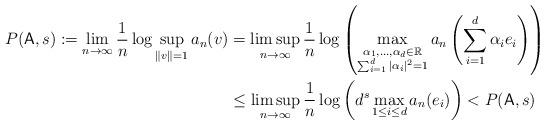
LaTeX: \begin{align*}P(\mathsf{A},s):=\lim_{n \to \infty} \frac{1}{n}\log \sup_{\|v\|=1} a_n(v) &= \limsup_{n \to \infty} \frac{1}{n}\log \left(\max_{\substack{\alpha_1,\ldots,\alpha_d \in\mathbb{R}\\ \sum_{i=1}^d|\alpha_i|^2=1}} a_n\left(\sum_{i=1}^d\alpha_i e_i\right)\right) \\&\leq \limsup_{n\to\infty}\frac{1}{n}\log \left(d^s \max_{1 \leq i \leq d} a_n(e_i)\right)<P(\mathsf{A},s)\end{align*}